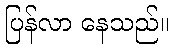
ပြန်လာ နေသည်။